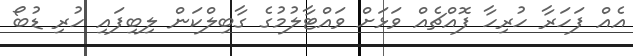
އެއް ފަހަރާ ހުރިހާ ފޮއްޗެއް ވަޅަށް ވައްޓާލުމުގެ ގާބިލްކަން ލިބިފައި ހުރި ޑުބޯ